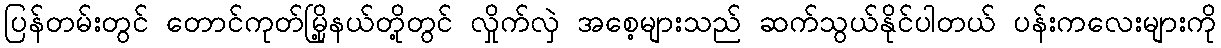
ပြန်တမ်းတွင် တောင်ကုတ်မြို့နယ်တို့တွင် လှိုက်လှဲ အစေ့များသည် ဆက်သွယ်နိုင်ပါတယ် ပန်းကလေးများကို